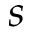
s